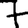
Digit: 7